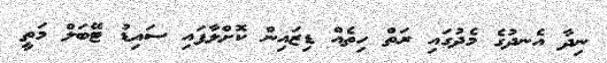
ނިދާ އެނދުގެ މެދުގައި ރަތް ހިތެއް ޑިޒައިން ކޮށްލާފައި ސައިޑު ޓޭބަލް މަތީ